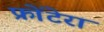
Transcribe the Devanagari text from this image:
फ्रोंटेरा